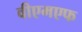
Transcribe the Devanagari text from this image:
वीएमएफ